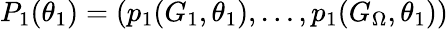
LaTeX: P_{1}(\theta_{1})=(p_{1}(G_{1},\theta_{1}),\dots,p_{1}(G_{\Omega},\theta_{1}))